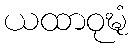
ယထာဝုဍ္ဎံ